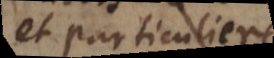
et particuliere.